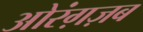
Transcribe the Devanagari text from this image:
ओरंग़ज़ब